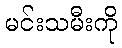
မင်းသမီးကို